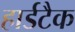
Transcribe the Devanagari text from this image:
हार्डटैक